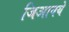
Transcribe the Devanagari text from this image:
जिआनये